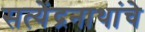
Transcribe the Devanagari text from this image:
सत्येंद्रनाथांचे